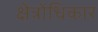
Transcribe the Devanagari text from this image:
क्षेत्रोंधिकार